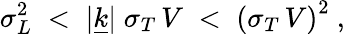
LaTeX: \sigma_{L}^{2}\; <\; |\underline{{{k}}}|\; \sigma_{T}\, V\; <\; \left(\sigma_{T}\, V\right)^{2}~,